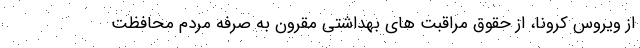
از ویروس کرونا، از حقوق مراقبت های بهداشتی مقرون به صرفه مردم محافظت